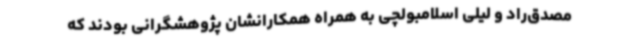
مصدق‌راد و لیلی اسلامبولچی به همراه همکارانشان پژوهشگرانی بودند که